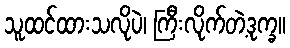
သူထင်ထားသလိုပဲ၊ ကြီးလိုက်တဲ့ဒုက္ခ။